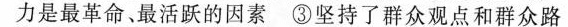
力是最革命、最活跃的因素③坚持了群众观点和群众路